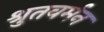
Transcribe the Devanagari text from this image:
श्रुतवर्मन